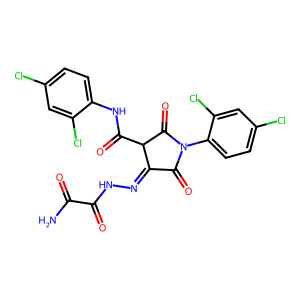
SMILES: NC(=O)C(=O)NN=C1C(=O)N(c2ccc(Cl)cc2Cl)C(=O)C1C(=O)Nc1ccc(Cl)cc1Cl
Inhibits HIV replication: No